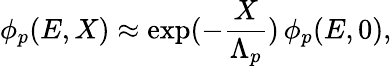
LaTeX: \phi_{p}(E,X)\approx\exp(-\frac{X}{\Lambda_{p}})\, \phi_{p}(E,0),